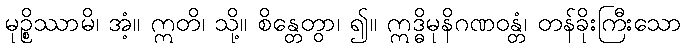
မုဉ္စိဿာမိ၊ အံ့။ ဣတိ၊ သို့။ စိန္တေတွာ၊ ၍။ ဣဒ္ဓိမုနိဂဏဝန္တံ၊ တန်ခိုးကြီးသော